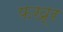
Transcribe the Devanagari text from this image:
फख्र